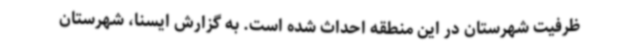
ظرفیت شهرستان در این منطقه احداث شده است. به گزارش ایسنا، شهرستان